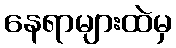
နေရာများထဲမှ